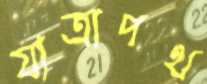
যাত্রাপথ